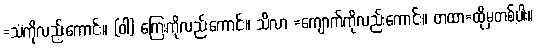
=သံကိုလည်းကောင်း။ (ဝါ) ကြေးကိုလည်းကောင်း။ သိလာ =ကျောက်ကိုလည်းကောင်း။ တထာ=ထိုမှတစ်ပါး။